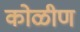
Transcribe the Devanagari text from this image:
कोळीण